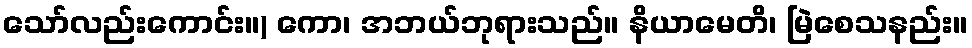
သော်လည်းကောင်း။) ကော၊ အဘယ်ဘုရားသည်။ နိယာမေတိ၊ မြဲစေသနည်း။